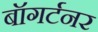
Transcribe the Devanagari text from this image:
बॉगर्टनर